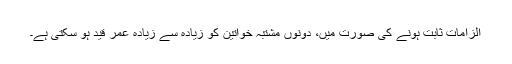
الزامات ثابت ہونے کی صورت میں، دونوں مشتبہ خواتین کو زیادہ سے زیادہ عمر قید ہو سکتی ہے۔